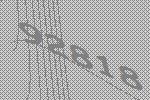
92818